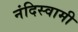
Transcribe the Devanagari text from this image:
नंदिस्वामी